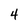
Character: 4